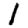
Digit: 1